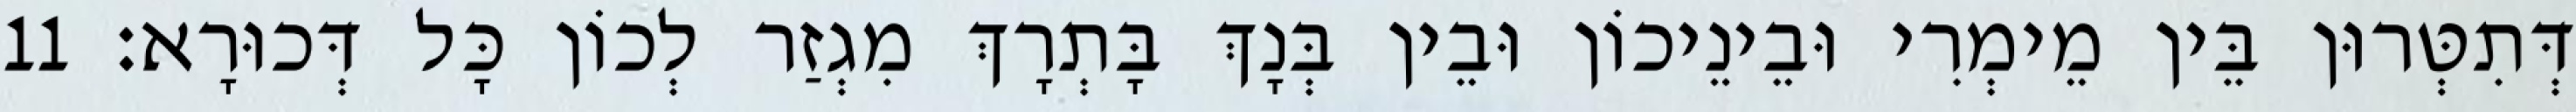
דְּתִטְּרוּן בֵּין מֵימְרִי וּבֵינֵיכוֹן וּבֵין בְּנָךְ בָּתְרָךְ מִגְזַר לְכוֹן כָּל דְּכוּרָא׃ 11